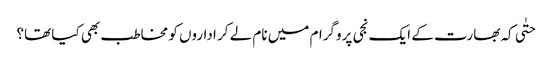
حتٰی کہ بھارت کے ایک نجی پروگرام میں نام لے کر اداروں کو مخاطب بھی کیا تھا؟